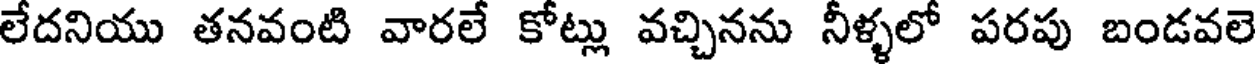
లేదనియు తనవంటి వారలే కోట్లు వచ్చినను నీళ్ళలో పరపు బండవలె